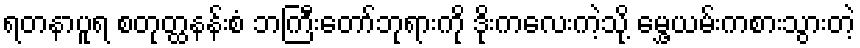
ရတနာပူရ စတုတ္ထနန်းစံ ဘကြီးတော်ဘုရားကို ဒိုးကလေးကဲ့သို့ မွှေ့ယမ်းကစားသွားတဲ့